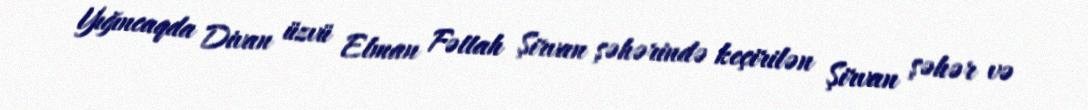
Yığıncaqda Divan üzvü Elman Fəttah Şirvan şəhərində keçirilən Şirvan şəhər və